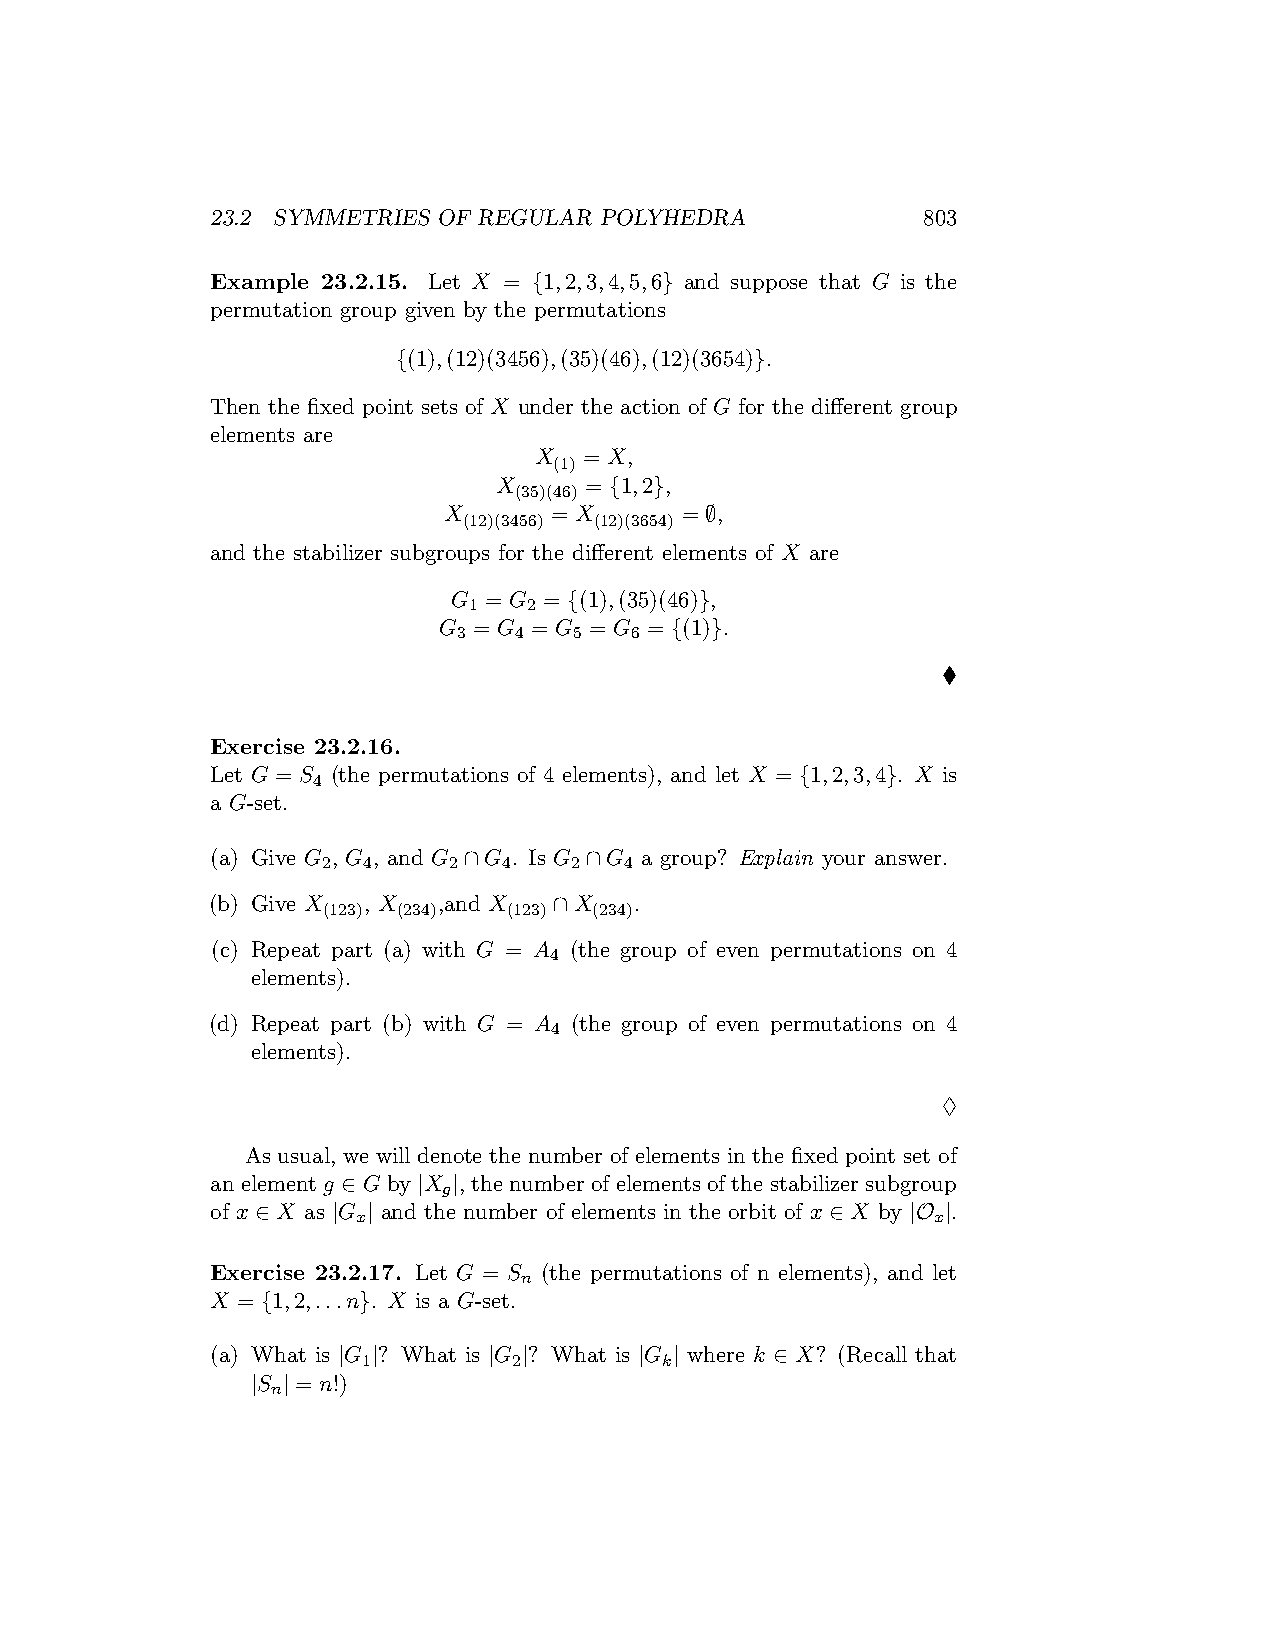
23.2 SYMMETRIES OF REGULAR POLYHEDRA           803
 Example 23.2.15. Let X = {1,2,3,4,5,6} and suppose that G is the
 permutation group given by the permutations
 {(1),(12)(3456),(35)(46),(12)(3654)}.
 Then the fixed point sets of X under the action of G for the different group
 elements are
 X   = X,
 (1)
 X     = {1,2},
 (35)(46)
 X      = X      = ∅,
 (12)(3456) (12)(3654)
 and the stabilizer subgroups for the different elements of X are
 G = G = {(1),(35)(46)},
 1   2
 G = G = G = G = {(1)}.
 3   4   5   6
 ♦
 Exercise 23.2.16.
 Let G = S (the permutations of 4 elements), and let X = {1,2,3,4}. X is
 4
 a G-set.
 (a) Give G , G , and G ∩G . Is G ∩G a group? Explain your answer.
 2  4     2  4    2  4
 (b) Give X , X ,and X  ∩X   .
 (123) (234)  (123) (234)
 (c) Repeat part (a) with G = A (the group of even permutations on 4
 4
 elements).
 (d) Repeat part (b) with G = A (the group of even permutations on 4
 4
 elements).
 ♢
 As usual, we will denote the number of elements in the fixed point set of
 an element g ∈ G by |X |, the number of elements of the stabilizer subgroup
 g
 of x ∈ X as |G | and the number of elements in the orbit of x ∈ X by |O |.
 x                                     x
 Exercise 23.2.17. Let G = S (the permutations of n elements), and let
 n
 X = {1,2,...n}. X is a G-set.
 (a) What is |G |? What is |G |? What is |G | where k ∈ X? (Recall that
 1         2         k
 |S | = n!)
 n